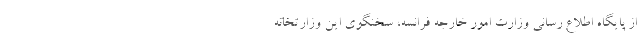
از پایگاه اطلاع رسانی وزارت امور خارجه فرانسه، سخنگوی این وزارتخانه